Civil Veterinary Department Bengal reports 1933-51 - 1933-1951
Year: 1933
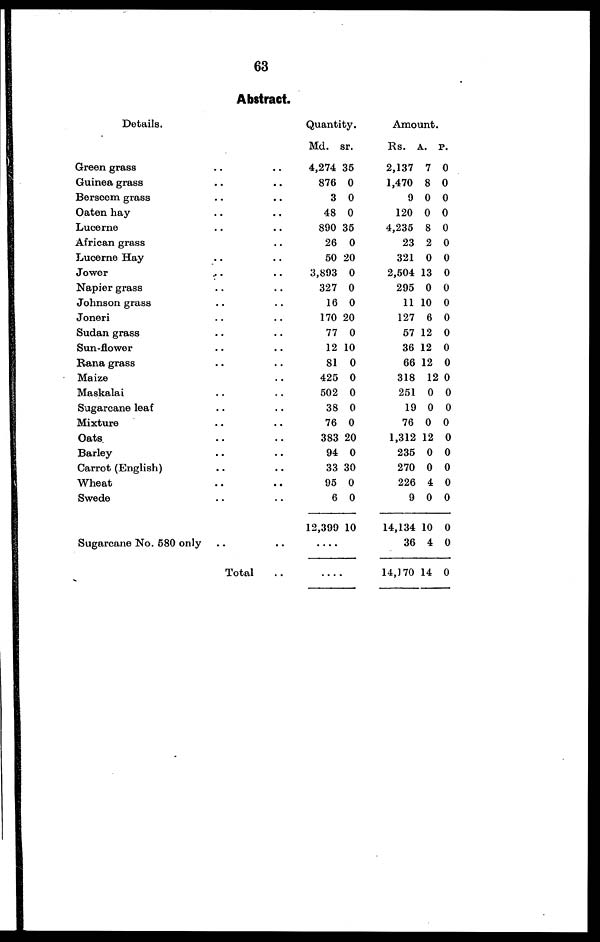
63
Abstract.
Details.
Green grass .. ..
Guinea grass .. ..
Berseem grass .. ..
Oaten hay.. ..
Lucerne .. ..
African grass .. ..
Lucerne Hay .. ..
Jower .. ..
Napier grass .. ..
Johnson grass .. ..
Joneri .. ..
Sudan grass .. ..
Sun-flower .. ..
Rana grass .. ..
Maize .. ..
Maskalai .. ..
Sugarcane leaf .. ..
Mixture .. ..
Oats .. ..
Barley .. ..
Carrot (English) .. ..
Wheat .. ..
Swede .. ..
Sugarcane No. 580 only .. ..
Total ..
Quantity.
Md. sr.
4,274 35
876 0
3 0
48 0
890 35
26 0
50 20
3,893 0
327 0
16 0
170 20
77 0
12 10
81 0
425 0
502 0
38 0
76 0
383 20
94 0
33 30
95 0
6 0
12,399 10
....
....
Amount.
Rs. A. p.
2,137 7 0
1,470 8 0
9 0 0
120 0 0
4,235 8 0
23 2 0
321 0 0
2,504 13 0
295 0 0
11 10 0
127 6 0
57 12 0
36 12 0
66 12 0
318 12 0
251 0 0
19 0 0
76 0 0
1,312 12 0
235 0 0
270 0 0
226 4 0
9 0 0
14,134 10 0
36 4 0
14,170 14 0